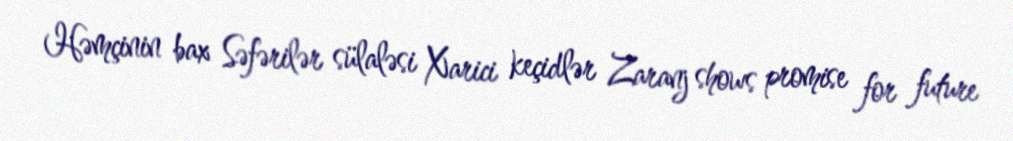
Həmçinin bax Səfərilər sülaləsi Xarici keçidlər Zaranj shows promise for future